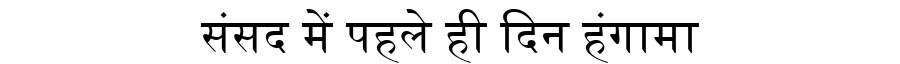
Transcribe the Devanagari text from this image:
संसद में पहले ही दिन हंगामा